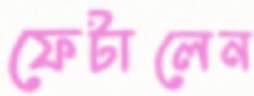
ফেটালেন